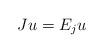
LaTeX: \begin{align*} J u=E_ju\end{align*}